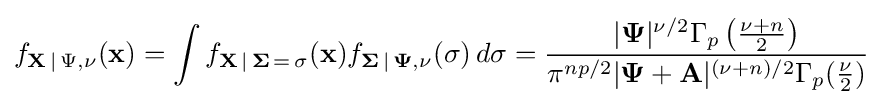
f_{\mathbf {X} \,\mid \,\Psi ,\nu }(\mathbf {x} )=\int f_{\mathbf {X} \,\mid \,\mathbf {\Sigma } \,=\,\sigma }(\mathbf {x} )f_{\mathbf {\Sigma } \,\mid \,\mathbf {\Psi } ,\nu }(\sigma )\,d\sigma ={\frac {|\mathbf {\Psi } |^{\nu /2}\Gamma _{p}\left({\frac {\nu +n}{2}}\right)}{\pi ^{np/2}|\mathbf {\Psi } +\mathbf {A} |^{(\nu +n)/2}\Gamma _{p}({\frac {\nu }{2}})}}